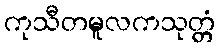
ကုသီတမူလကသုတ္တံ